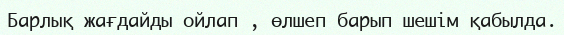
Барлық жағдайды ойлап , өлшеп барып шешім қабылда.